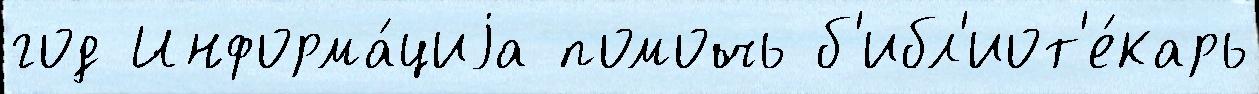
год Информа́циjа помочь б'ибл'иот'е́карь